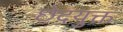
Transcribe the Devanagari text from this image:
छेदयुक्त